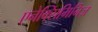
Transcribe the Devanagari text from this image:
एनेक्सिमिनिज़